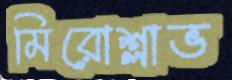
মিরোশ্লাভ